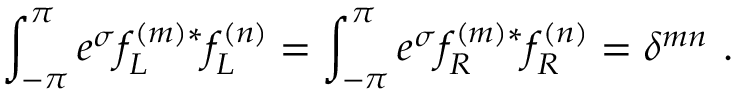
\int _ { - \pi } ^ { \pi } e ^ { \sigma } f _ { L } ^ { ( m ) * } f _ { L } ^ { ( n ) } = \int _ { - \pi } ^ { \pi } e ^ { \sigma } f _ { R } ^ { ( m ) * } f _ { R } ^ { ( n ) } = \delta ^ { m n } \, \, .